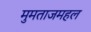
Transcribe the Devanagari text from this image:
मुमताजमहल